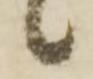
候